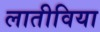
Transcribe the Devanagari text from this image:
लातीविया